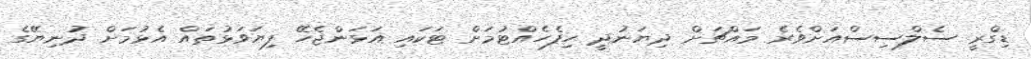
ޑިގްރީ ސެލްސިސްއަށްވެރެ މައްޗަށް ދިޔަނުދީ ހިފެހެއްޓުމަށް ޓަކައި އަޅަންޖެހޭ ފިޔަވަޅުތައް އެޅުމަށް ދުނިޔޭގެ